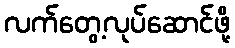
လက်တွေ့လုပ်ဆောင်ဖို့